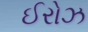
ઈરોઝ